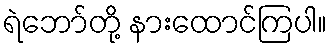
ရဲဘော်တို့ နားထောင်ကြပါ။